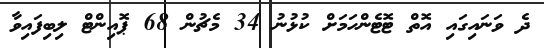
ދެ ވަނައިގައި އޮތް ޓޮޓެންހަމަށް ކުޅުނު 34 މެޗުން 68 ޕޮއިންޓް ލިބިފައިވާ